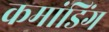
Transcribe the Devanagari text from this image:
कमांडिंग